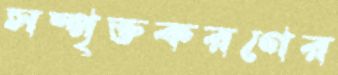
সম্পৃক্তকরণের